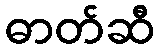
ဓာတ်ဆီ